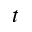
t